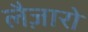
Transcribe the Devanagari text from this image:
लैज़ारो